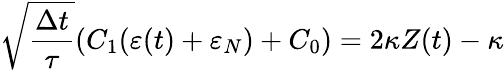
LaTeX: \sqrt{\frac{\Delta t}{\tau}}(C_{1}(\varepsilon(t)+\varepsilon_{N})+C_{0})=2\kappa Z(t)-\kappa